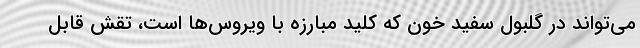
می‌تواند در گلبول سفید خون که کلید مبارزه با ویروس‌ها است، تقش قابل